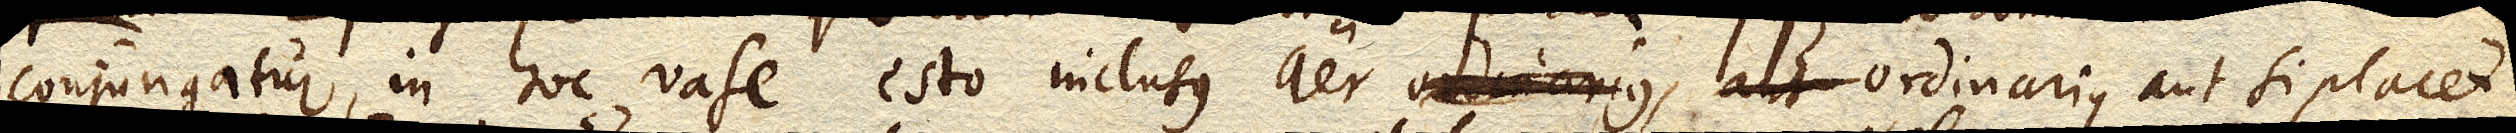
conjungatur, in hoc vase esto inclusus aer ordinarius, aut